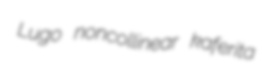
Lugo noncollinear kaferita